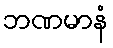
ဘဏမာနံ